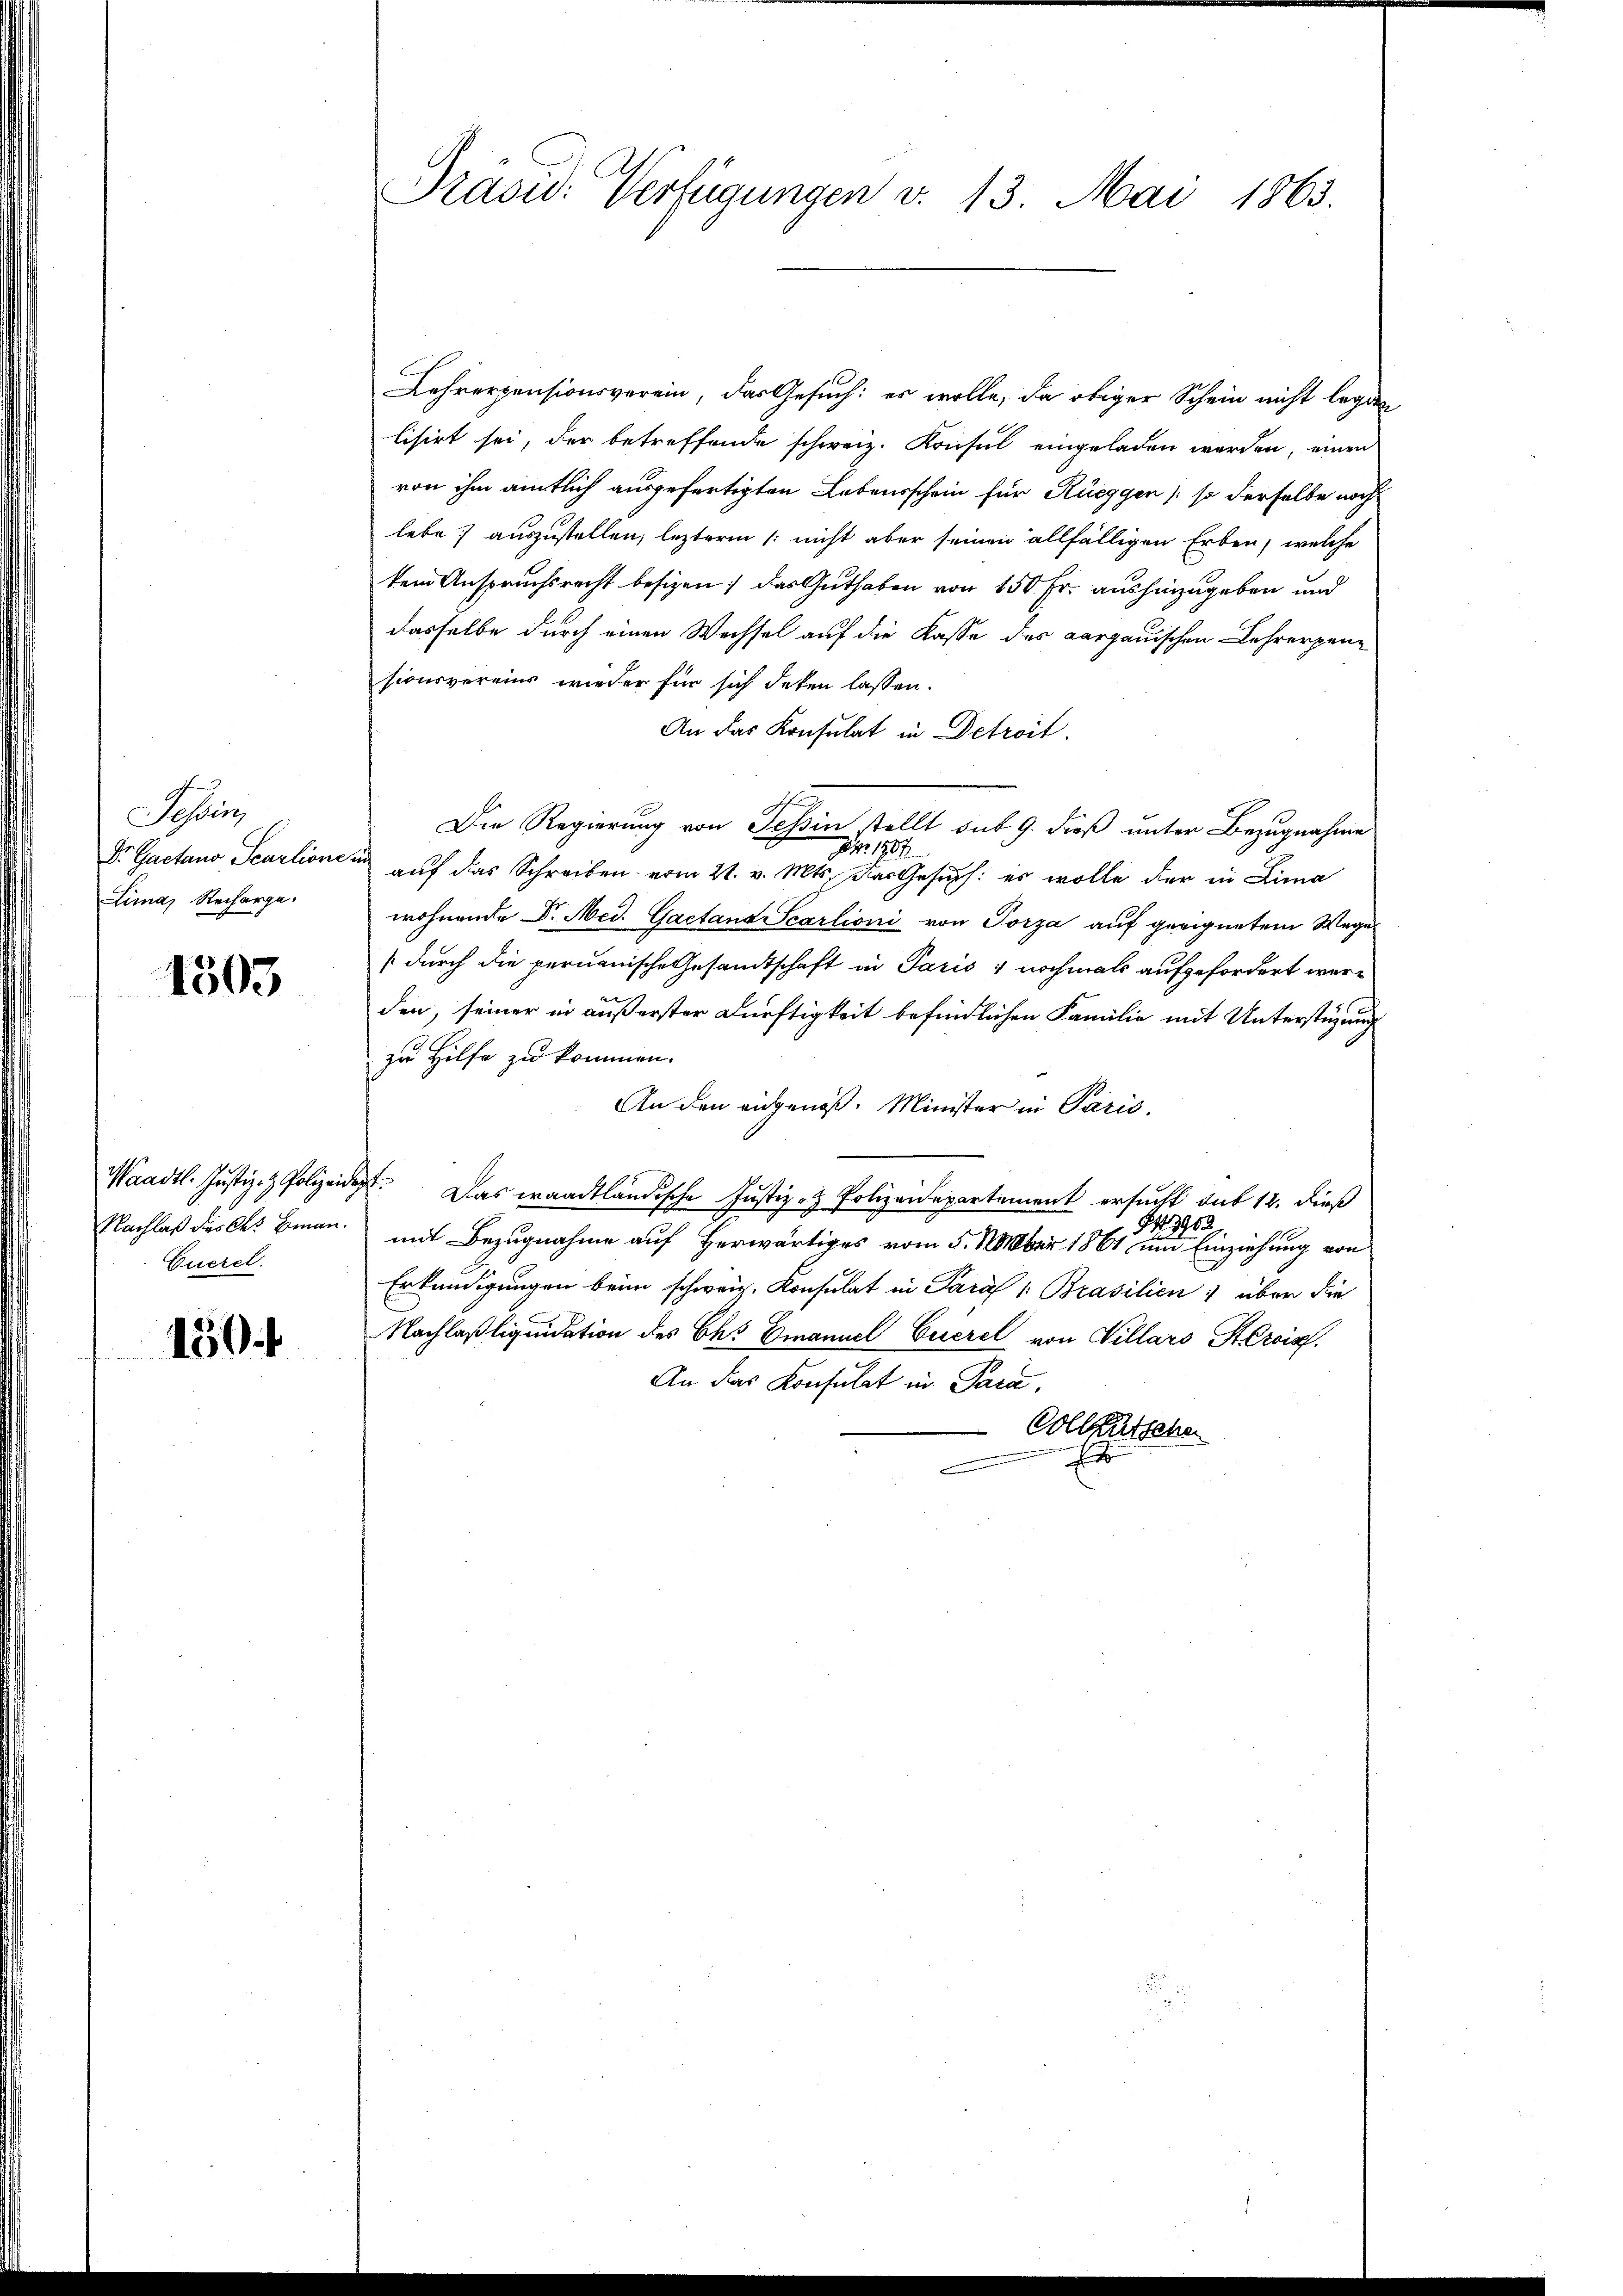
Sehen
Dr. Gaetano Scarlionen
Lima) Recharge.

1503

Nachlaß das des Benan¬
Cuerel.

150

Präsid. Verfügungen v. 13. Mai 1863.

Lehrerpensionsverein, das Gesuch: es wolle, da obiger Schein nicht legten
lisirt sei, der betreffende schweiz. Konsul eingeladen werden, einen
von ihm amtlich ausgefertigten Lebensschein für Rüeggen (so derselbe noch
lebe; auszustellen, lezterm /: nicht aber seinen allfälligen Erben, welche
kein Anspruchsrecht besizen, das Guthaben von 150 Fr. aushinzugeben und
dasselbe durch einen Wechsel auf die Kasse des Aargauischen Lehrerpensionsvereins wieder für sich daten lassen.
An das Konsulat in Detroit.
Die Regierung von Tessin stellt sub 9. dieß unter Bezugnahme
p. 1907
u auf das Schreiben vom 21. v. Mts. Das Gesuch: es wolle der in Lima
wohnende Dr. Med. Gactand Scarlioni von Porza auf geeignetem Wage
(durch die peruanische Gesandtschaft in Paris & nochmals aufgefordert werden, seiner in äußerster Dürftigkeit befindlichen Familie mit Unterstüzung
zu Hilfe zu kommen.
An den eingenoß. Minister in Paris,
Waadt. Justiz- & Polizeidet. Das waadtländische Justiz- & Polizeidepartement ersucht sub 12. dieß
3902
mit Bezugnahme auf Herwärtiges vom 5. 1mber 1861 und Einziehung von
Erkundigungen beim schweiz. Konsulat in Paraf u. Brasilien über die
Nachlaßliquidation des Chs Emanuel Euerel von Villars Servis.
An das Konsulat in Para,
Collkutsche
Es